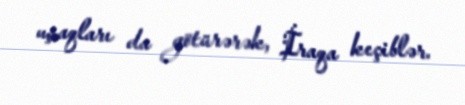
uşaqları da götürərək, İraqa keçiblər.